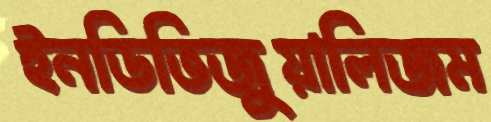
ইনডিভিজুয়ালিজম